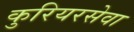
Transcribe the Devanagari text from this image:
कुरियरसेवा